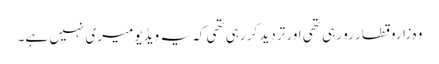
وہ زاروقطار رو رہی تھی اور تردید کر رہی تھی کہ یہ ویڈیو میری نہیں ہے۔